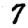
Digit: 7